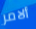
ألامر